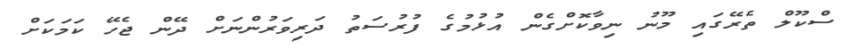
ސްކޫލް ތެރޭގައި މޫނު ނިވާކޮށްގެން އުޅުމުގެ ފުރުސަތު ދަރިވަރުންނަށް ދޭން ޖެހޭ ކަމަކަށް